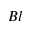
B l